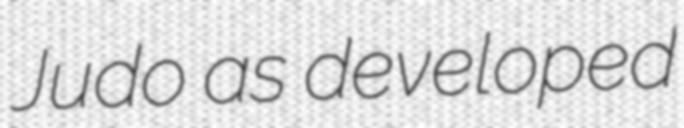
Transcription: Judo as developed